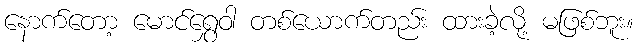
နောက်တော့ မောင်ရွှေဝါ တစ်ယောက်တည်း ထားခဲ့လို့ မဖြစ်ဘူး။